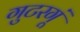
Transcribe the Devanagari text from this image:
गुटरगूं